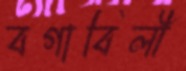
বগাবিলী